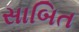
સાબિત